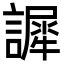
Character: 䜄